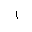
Letter: _alif